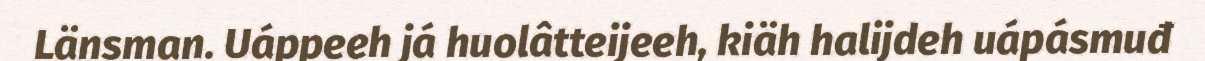
Länsman. Uáppeeh já huolâtteijeeh, kiäh halijdeh uápásmuđ